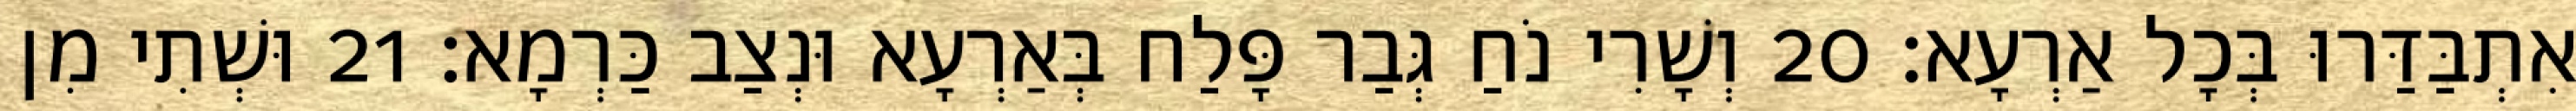
אִתְבַּדַּרוּ בְּכָל אַרְעָא׃ 20 וְשָׁרִי נֹחַ גְּבַר פָּלַח בְּאַרְעָא וּנְצַב כַּרְמָא׃ 21 וּשְׁתִי מִן